Civil Veterinary Dept. Bombay admin report 1900-1906 - 1900-1906
Year: 1900
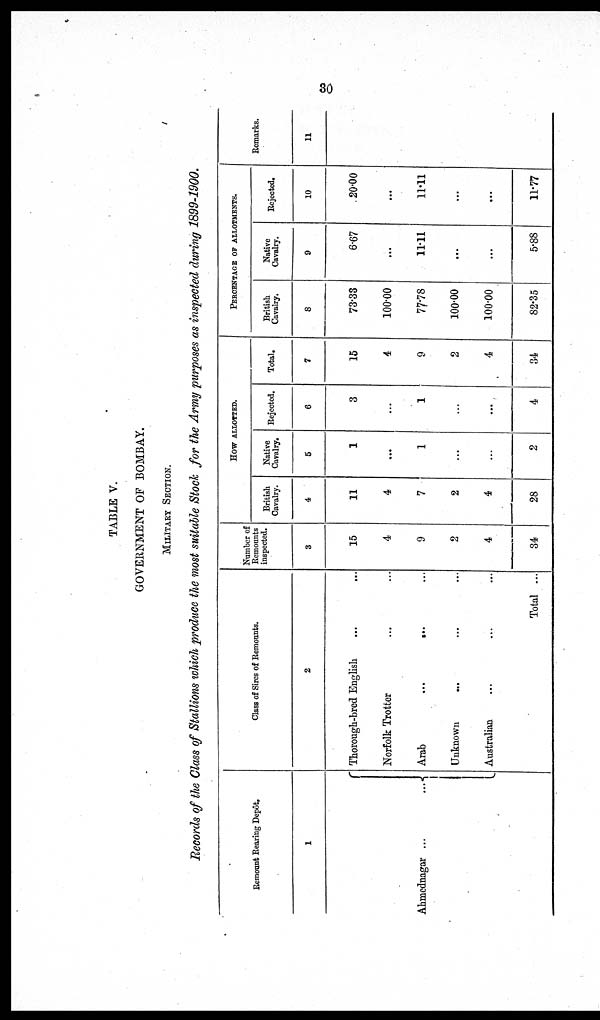
30
TABLE V.
GOVERNMENT OF BOMBAY.
MILITARY SECTION.
Records of the Class of Stallions which produce the most suitable Stock for the Army purposes as inspected during 1899-1900.
Remount Rearing Depôt,
1
Ahmednagar ...
...
Class of Sires of Remounts.
2
Thorough-bred English ... ...
Norfolk Trotter ... ...
Arab
...
... ...
Unknown ... ... ...
Australian ... ... ...
Total ...
Number of
Remounts
inspected.
3
15
4
9
2
4
34
HOW ALLOTTED.
British
Cavalry.
4
11
4
7
2
4
28
Native
Cavalry.
5
1
...
1
...
...
2
Rejected.
6
3
...
1
...
...
4
Total.
7
15
4
9
2
4
34
PERCENTAGE OF ALLOTMENT
British
Cavalry.
8
73.33
100.00
77.78
100.00
100.00
82.35
Native
Cavalry.
9
6.67
...
11.11
...
...
5.88
Rejected.
10
20.00
...
11.11
...
...
11.77
Remarks.
11